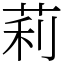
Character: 莉